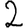
Digit: 2